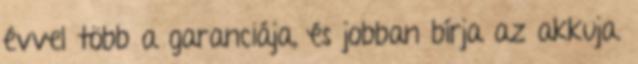
évvel több a garanciája, és jobban bírja az akkuja.